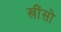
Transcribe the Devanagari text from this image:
खींसो